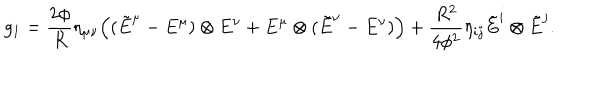
LaTeX: g _ { 1 } = \frac { 2 \phi } { R } \eta _ { \mu \nu } \Big ( ( \tilde { E } ^ { \mu } - E ^ { \mu } ) \otimes E ^ { \nu } + E ^ { \mu } \otimes ( \tilde { E } ^ { \nu } - E ^ { \nu } ) \Big ) + \frac { R ^ { 2 } } { 4 \phi ^ { 2 } } \eta _ { i j } \tilde { E } ^ { i } \otimes \tilde { E } ^ { j } .